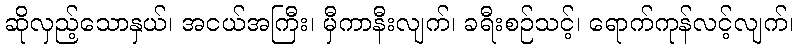
ဆိုလှည့်သောနှယ်၊ အငယ်အကြီး၊ မှီကာနီးလျက်၊ ခရီးစဉ်သင့်၊ ရောက်ကုန်လင့်လျက်၊